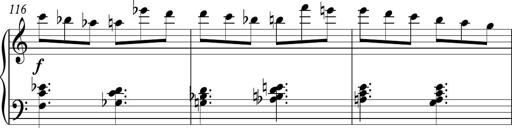
Title: Piano Sonatina in C
Composer: Daniel LÃ©o Simpson
Key: C major